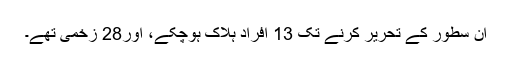
ان سطور کے تحریر کرنے تک 13 افراد ہلاک ہوچکے، اور28 زخمی تھے۔